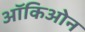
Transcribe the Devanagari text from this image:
ऑकिओन